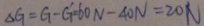
\Delta G = G - G ^ { \prime } = 6 0 N - 4 0 N = 2 0 N